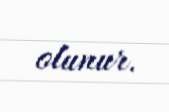
olunur.